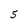
Character: 5